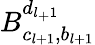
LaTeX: B_{c_{l+1},b_{l+1}}^{d_{l_{+}1}}